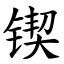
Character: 锲